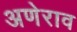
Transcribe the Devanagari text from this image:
अणेराव